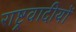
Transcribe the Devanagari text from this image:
राष्ट्रवादीयों